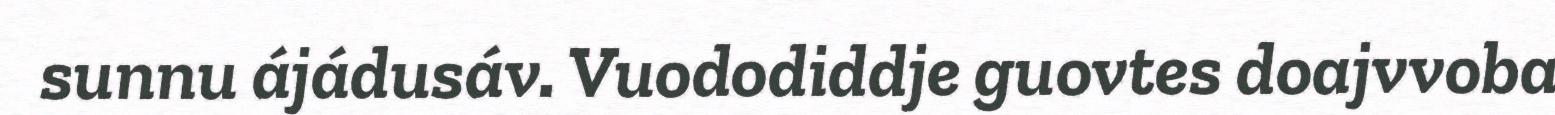
sunnu ájádusáv. Vuododiddje guovtes doajvvoba